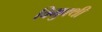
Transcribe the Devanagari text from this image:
विमुक्थी